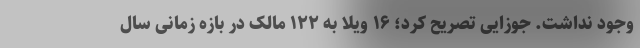
وجود نداشت. جوزایی تصریح کرد؛ ۱۶ ویلا به ۱۲۲ مالک در بازه زمانی سال